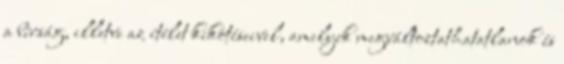
a bírság, illetve az ítélet kikötéseivel, amelyek megváltoztathatatlanok és